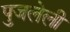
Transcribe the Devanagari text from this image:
पुजलेली